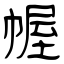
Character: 幄